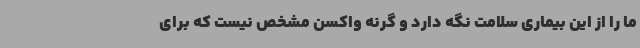
ما را از این بیماری سلامت نگه دارد و گرنه واکسن مشخص نیست که برای